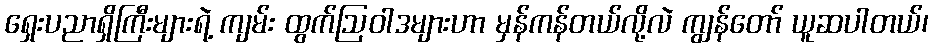
ရှေးပညာရှိကြီးများရဲ့ ကျမ်း ထွက်ဩဝါဒများဟာ မှန်ကန်တယ်လို့လဲ ကျွန်တော် ယူဆပါတယ်၊